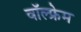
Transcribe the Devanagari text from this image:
वॉल्फ्रेम